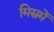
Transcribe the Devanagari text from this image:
मिस्रमें